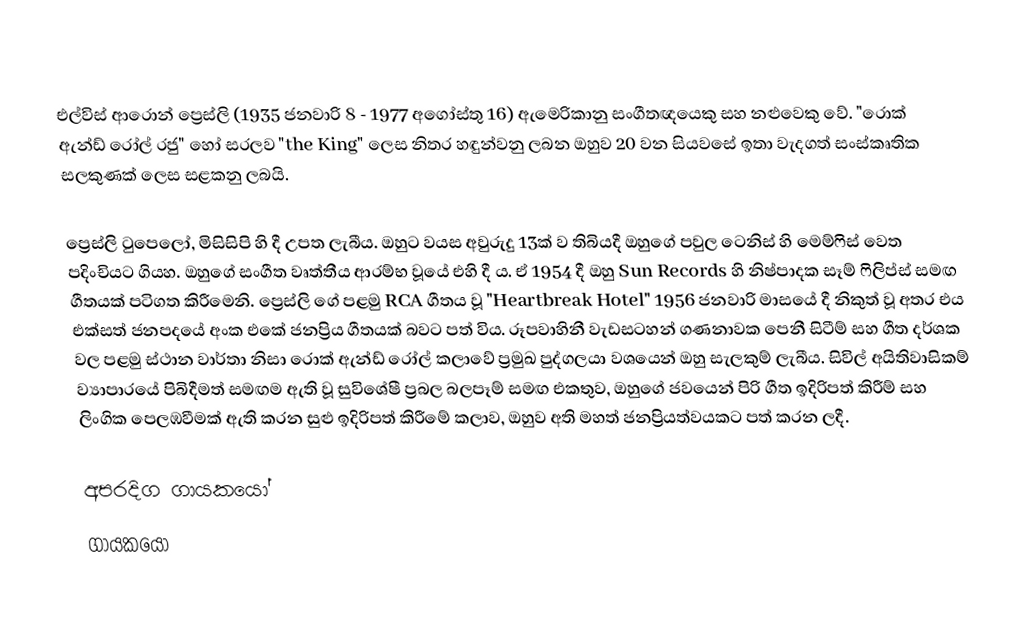
එල්විස් ආරොන් ප්‍රෙස්ලි (1935 ජනවාරි 8 - 1977 අගෝස්තු 16) ඇමෙරිකානු සංගීතඥයෙකු සහ නළුවෙකු වේ. "රොක් ඇන්ඩ් රෝල් රජු" හෝ සරලව "the King" ලෙස නිතර හඳුන්වනු ලබන ඔහුව 20 වන සියවසේ ඉතා වැදගත් සංස්කෘතික සලකුණක් ලෙස සළකනු ලබයි.

ප්‍රෙස්ලි ටුපෙලෝ, මිසිසිපි හි දී උපත ලැබීය. ඔහුට වයස අවුරුදු 13ක් ව තිබියදී ඔහුගේ පවුල ටෙනිස් හි මෙම්ෆිස් වෙත පදිංචියට ගියහ. ඔහුගේ සංගීත වෘත්තීය ආරම්භ වූයේ එහි දී ය. ඒ 1954 දී ඔහු Sun Records හි නිෂ්පාදක සෑම් ෆිලිප්ස් සමඟ ගීතයක් පටිගත කිරීමෙනි. ප්‍රෙස්ලි ගේ පළමු RCA ගීතය වූ "Heartbreak Hotel" 1956 ජනවාරි මාසයේ දී නිකුත් වූ අතර එය එක්සත් ජනපදයේ අංක එකේ ජනප්‍රිය ගීතයක් බවට පත් විය. රූපවාහිනී වැඩසටහන් ගණනාවක පෙනී සිටීම් සහ ගීත දර්ශක වල පළමු ස්ථාන වාර්තා නිසා රොක් ඇන්ඩ් රෝල් කලාවේ ප්‍රමුඛ පුද්ගලයා වශයෙන් ඔහු සැලකුම් ලැබීය. සිවිල් අයිතිවාසිකම් ව්‍යාපාරයේ පිබිදීමත් සමඟම ඇති වූ සුවිශේෂී ප්‍රබල බලපෑම් සමඟ එකතුව, ඔහුගේ ජවයෙන් පිරි ගීත ඉදිරිපත් කිරීම් සහ ලිංගික පෙලඹවීමක් ඇති කරන සුළු ඉදිරිපත් කිරීමේ කලාව, ඔහුව අති මහත් ජනප්‍රියත්වයකට පත් කරන ලදී.

අපරදිග ගායකයෝ
ගායකයෝ